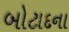
બોટાદના